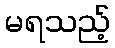
မရသည့်